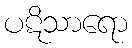
ပဋိသာရော